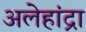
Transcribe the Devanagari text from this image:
अलेहांद्रा